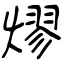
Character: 熮